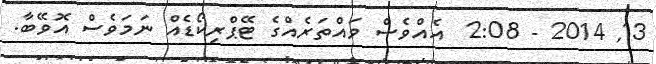
13